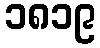
၁၈၁၉